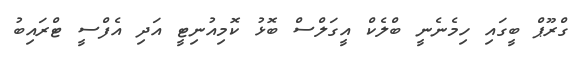
ގްރޫޕް ބީގައި ހިމެނެނީ ބްލެކް އީގަލްސް ބޮޅު ކޮމިއުނިޓީ އަދި އެފްސީ ޓްރައިބު